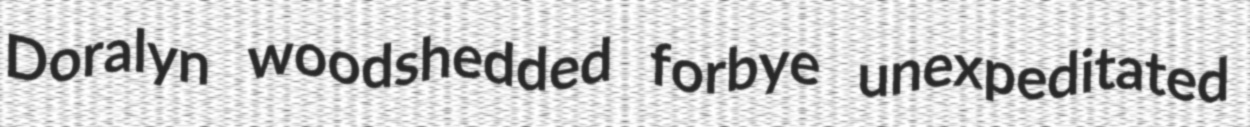
Doralyn woodshedded forbye unexpeditated